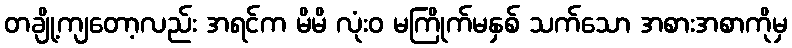
တချို့ကျတော့လည်း အရင်က မိမိ လုံးဝ မကြိုက်မနှစ် သက်သော အစားအစာကိုမှ